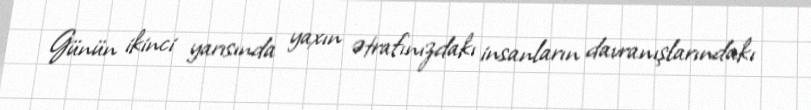
Günün ikinci yarısında yaxın ətrafınızdakı insanların davranışlarındakı